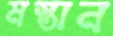
মস্তান